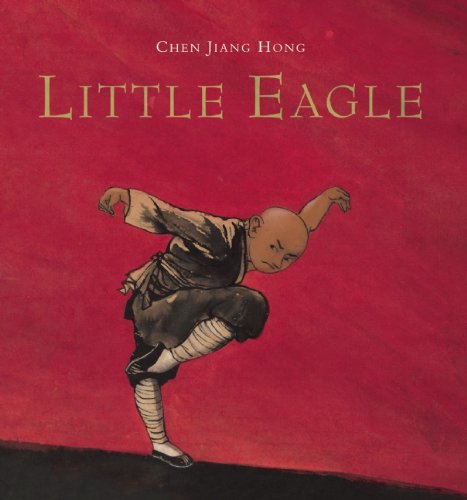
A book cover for Little Eagle; Chen Jiang Hong; Children's Books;